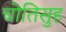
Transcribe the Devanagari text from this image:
चोतिसुह